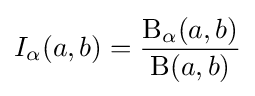
I_{\alpha }(a,b)={\frac {\mathrm {B} _{\alpha }(a,b)}{\mathrm {B} (a,b)}}